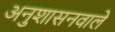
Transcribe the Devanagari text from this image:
अनुशासनवाले